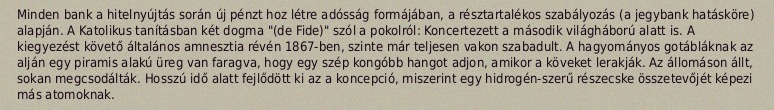
Minden bank a hitelnyújtás során új pénzt hoz létre adósság formájában, a résztartalékos szabályozás (a jegybank hatásköre) alapján. A Katolikus tanításban két dogma "(de Fide)" szól a pokolról: Koncertezett a második világháború alatt is. A kiegyezést követő általános amnesztia révén 1867-ben, szinte már teljesen vakon szabadult. A hagyományos gotábláknak az alján egy piramis alakú üreg van faragva, hogy egy szép kongóbb hangot adjon, amikor a köveket lerakják. Az állomáson állt, sokan megcsodálták. Hosszú idő alatt fejlődött ki az a koncepció, miszerint egy hidrogén-szerű részecske összetevőjét képezi más atomoknak.